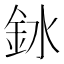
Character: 𫒎